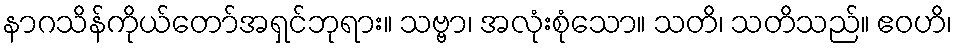
နာဂသိန်ကိုယ်တော်အရှင်ဘုရား။ သဗ္ဗာ၊ အလုံးစုံသော။ သတိ၊ သတိသည်။ ဧဝဟိ၊